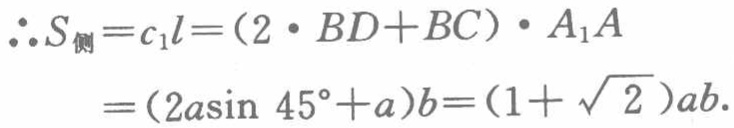
\(\therefore S_{侧}=c_{1}l=(2\cdot BD + BC)\cdot A_{1}A=(2a\sin 45^{\circ}+a)b=(1 + \sqrt{2})ab.\)